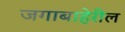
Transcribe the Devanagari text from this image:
जगाबाहेरील